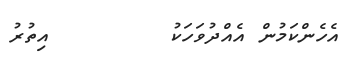
އެހެންކަމުން އެއްދުވަހަކު        އިތުރު